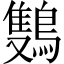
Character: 𬷩